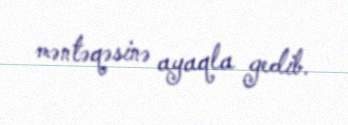
məntəqəsinə ayaqla gedib.